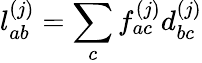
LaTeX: \mathcal{l}_{ab}^{(j)}=\sum_{c}\mathcal{f}_{ac}^{(j)}\mathcal{d}_{bc}^{(j)}